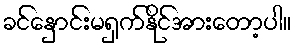
ခင်နှောင်းမရှက်နိုင်အားတော့ပါ။